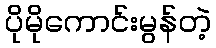
ပိုမိုကောင်းမွန်တဲ့